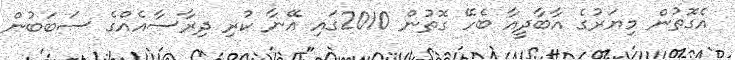
އެގޮތުން މިޔަރުގެ އާބާދީއާ ބެހޭ ގޮތުން 2010ގައި އޭނާ ކުރި ދިރާސާއެއްގެ ސަބަބުން